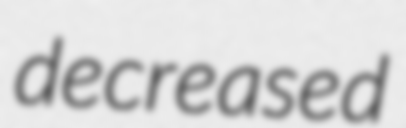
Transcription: decreased